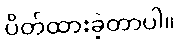
ပိတ်ထားခဲ့တာပါ။